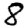
Digit: 8